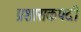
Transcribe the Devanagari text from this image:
प्रशासकपदी